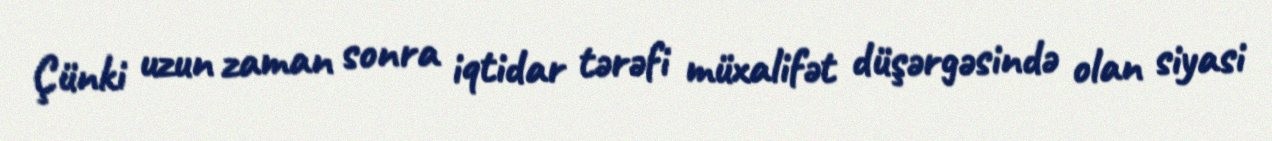
Çünki uzun zaman sonra iqtidar tərəfi müxalifət düşərgəsində olan siyasi